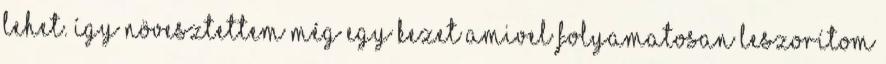
lehet. Így növesztettem még egy kezet amivel folyamatosan leszorítom